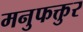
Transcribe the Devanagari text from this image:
मनुफक्तुर